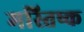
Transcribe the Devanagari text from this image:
मस्‍तिष्‍क